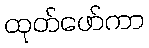
ထုတ်ဖော်ကာ